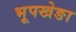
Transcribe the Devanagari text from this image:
भूपखेङा